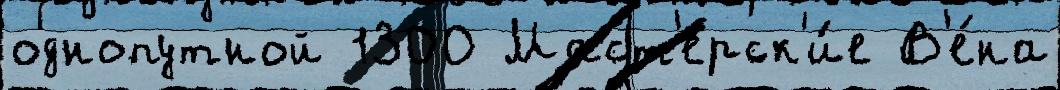
однопутной 1300 Маст'ерск'и́е В'е́на